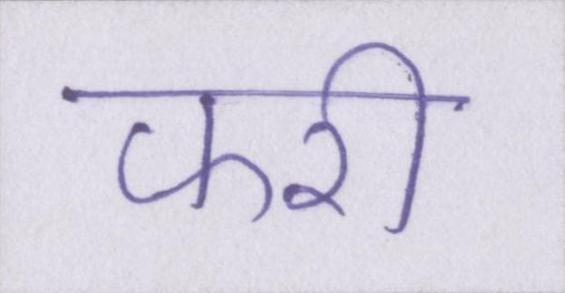
फरी